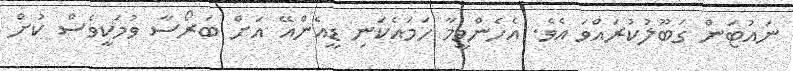
ނައުޓަން ގަބޫލުކުރައްވަ އެވެ. އެހެންވީމާ ހަމައެކަނި ޑީއެންއޭ އަށް ބަރޯސާ ވުމަކީވެސް ކުށް